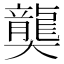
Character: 𪚔